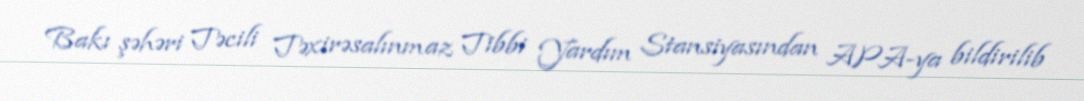
Bakı şəhəri Təcili Təxirəsalınmaz Tibbi Yardım Stansiyasından APA-ya bildirilib